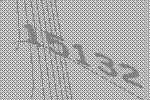
15132